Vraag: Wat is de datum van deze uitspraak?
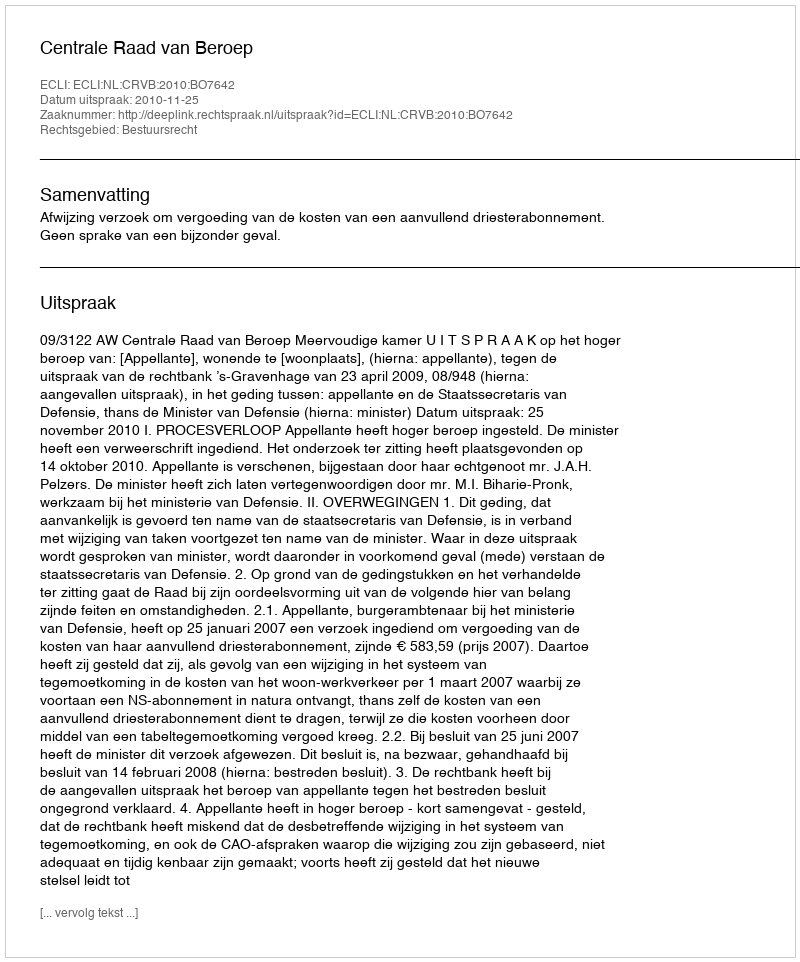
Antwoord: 2010-11-25